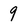
Character: 9